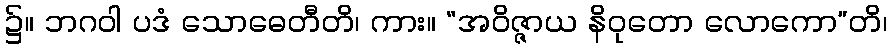
၌။ ဘဂဝါ ပဒံ သောဓေတီတိ၊ ကား။ “အဝိဇ္ဇာယ နိဝုတော လောကော”တိ၊